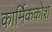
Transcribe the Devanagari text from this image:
कार्मिककोश